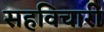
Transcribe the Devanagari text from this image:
सहविचारी